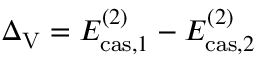
\Delta _ { \mathrm { V } } = E _ { \mathrm { c a s , } 1 } ^ { ( 2 ) } - E _ { \mathrm { c a s , } 2 } ^ { ( 2 ) }